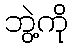
ဘွဲ့ကို